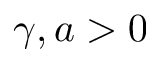
\gamma , a > 0